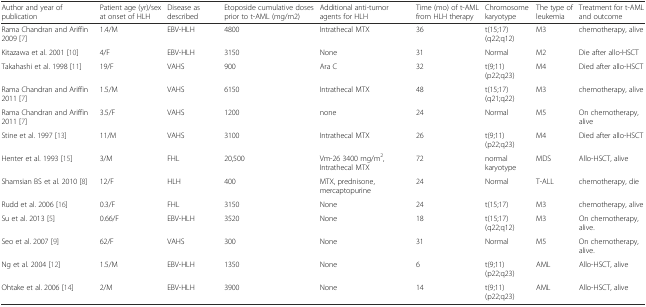
| Author and year of publication | Patient age (yr)/sex at onset of HLH | Disease as described | Etoposide cumulative doses prior to t-AML (mg/m2) | Additional anti-tumor agents for HLH | Time (mo) of t-AML from HLH therapy | Chromosome karyotype | The type of leukemia | Treatment for t-AML and outcome |
 | --- | --- | --- | --- | --- | --- | --- | --- | --- |
 | Rama Chandran and Ariffin 2009 [7] | 1.4/M | EBV-HLH | 4800 | Intrathecal MTX | 36 | t(15;17) (q22;q12) | M3 | chemotherapy, alive |
 | Kitazawa et al. 2001 [10] | 4/F | EBV-HLH | 3150 | None | 31 | Normal | M2 | Die after allo-HSCT |
 | Takahashi et al. 1998 [11] | 19/F | VAHS | 900 | Ara C | 32 | t(9;11) (p22;q23) | M4 | Died after allo-HSCT |
 | Rama Chandran and Ariffin 2011 [7] | 1.5/M | VAHS | 6150 | Intrathecal MTX | 48 | t(15;17) (q21;q22) | M3 | chemotherapy, alive |
 | Rama Chandran and Ariffin 2011 [7] | 3.5/F | VAHS | 1200 | none | 24 | Normal | M5 | On chemotherapy, alive |
 | Stine et al. 1997 [13] | 11/M | VAHS | 3100 | Intrathecal MTX | 26 | t(9;11) (p22;q23) | M4 | Died after allo-HSCT |
 | Henter et al. 1993 [15] | 3/M | FHL | 20,500 | Vm-26 3400 mg/m2, Intrathecal MTX | 72 | normal karyotype | MDS | Allo-HSCT, alive |
 | Shamsian BS et al. 2010 [8] | 12/F | HLH | 400 | MTX, prednisone, mercaptopurine | 24 | Normal | T-ALL | chemotherapy, die |
 | Rudd et al. 2006 [16] | 0.3/F | FHL | 3150 | None | 24 | t(15;17) | M3 | chemotherapy, alive |
 | Su et al. 2013 [5] | 0.66/F | EBV-HLH | 3520 | None | 18 | t(15;17) (q22;q12) | M3 | On chemotherapy, alive. |
 | Seo et al. 2007 [9] | 62/F | VAHS | 300 | None | 31 | Normal | M5 | On chemotherapy, alive. |
 | Ng et al. 2004 [12] | 1.5/M | EBV-HLH | 1350 | None | 6 | t(9;11) (p22;q23) | AML | Allo-HSCT, alive |
 | Ohtake et al. 2006 [14] | 2/M | EBV-HLH | 3900 | None | 14 | t(9;11) (p22;q23) | AML | Allo-HSCT, alive |